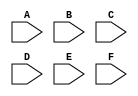
module fir6( 
			input signed [7:0] A,B,C,D,E,F
			//----------------------------
			);
			
			
wire signed [12:0] a0,a1,a2,a3,a4,a5;
wire signed [12:0] P;
wire signed [7:0] avs;
wire signed [7:0] h264;

assign a0=A;
assign a1=B*4'd5;
assign a2=C*6'd20;
assign a3=D*6'd20;
assign a4=E*4'd5;
assign a5=F;
assign P=a0-a1+a2+a3-a4+a5;
assign avs=P*(-1);
assign h264=P;

//------------------------------------

endmodule